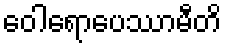
ဝေါရောပေဿာမီတိ